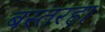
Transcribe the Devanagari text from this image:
बस्तरहा